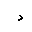
Letter: _dal